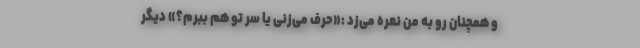
و همچنان رو به من نعره می‌زد :«حرف می‌زنی یا سر تو هم ببرم؟» دیگر